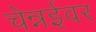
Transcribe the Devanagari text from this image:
चेन्नईवर